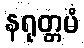
နရုတ္တမံ